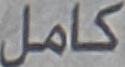
كامل